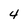
Character: 4